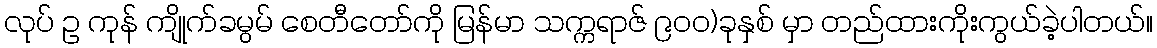
လုပ် ဥ ကုန် ကျိုက်ခမွမ် စေတီတော်ကို မြန်မာ သက္ကရာဇ် ၉၀၀)ခုနှစ် မှာ တည်ထားကိုးကွယ်ခဲ့ပါတယ်။